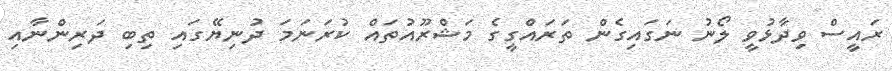
ރައީސް ވިދާޅުވީ ލޯނު ނަގައިގެން ތަރައްގީގެ މަޝްރޫއުތައް ކުރަނަމަ ދުނިޔޭގައި ތިބި ދަރިންނާއި